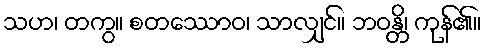
သဟ၊ တကွ။ စတဿောဝ၊ သာလျှင်။ ဘဝန္တိ၊ ကုန်၏။